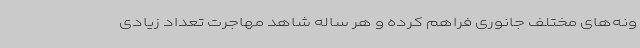
ونه‌های مختلف جانوری فراهم کرده و هر ساله شاهد مهاجرت تعداد زیادی